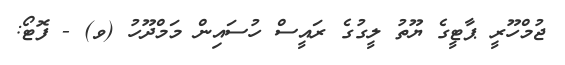
ޖުމްހޫރީ ޕާޓީގެ ޔޫތު ލީގުގެ ރައީސް ހުސައިން މަމްދޫހު (ވ) - ފޮޓޯ: